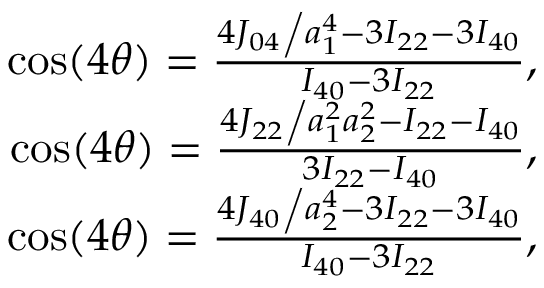
\begin{array} { r } { \cos ( 4 \theta ) = \frac { { { { 4 { J _ { 0 4 } } } \mathord { \left/ { \vphantom { { 4 { J _ { 0 4 } } } { a _ { 1 } ^ { 4 } } } } \right. \kern - \nulldelimiterspace } { a _ { 1 } ^ { 4 } } } - 3 { I _ { 2 2 } } - 3 { I _ { 4 0 } } } } { { { I _ { 4 0 } } - 3 { I _ { 2 2 } } } } , } \\ { \cos ( 4 \theta ) = \frac { { { { 4 { J _ { 2 2 } } } \mathord { \left/ { \vphantom { { 4 { J _ { 2 2 } } } { a _ { 1 } ^ { 2 } a _ { 2 } ^ { 2 } } } } \right. \kern - \nulldelimiterspace } { a _ { 1 } ^ { 2 } a _ { 2 } ^ { 2 } } } - { I _ { 2 2 } } - { I _ { 4 0 } } } } { { 3 { I _ { 2 2 } } - { I _ { 4 0 } } } } , } \\ { \cos ( 4 \theta ) = \frac { { { { 4 { J _ { 4 0 } } } \mathord { \left/ { \vphantom { { 4 { J _ { 4 0 } } } { a _ { 2 } ^ { 4 } } } } \right. \kern - \nulldelimiterspace } { a _ { 2 } ^ { 4 } } } - 3 { I _ { 2 2 } } - 3 { I _ { 4 0 } } } } { { { I _ { 4 0 } } - 3 { I _ { 2 2 } } } } , } \end{array}